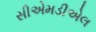
સીએમડીએલ